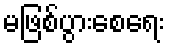
မဖြစ်ပွားစေရေး